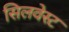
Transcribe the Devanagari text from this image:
सिलवेस्ट